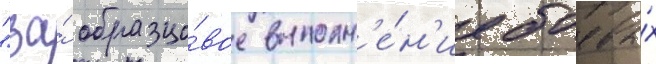
"за́ образцо́вое выполн'е́н'ие боевы́х